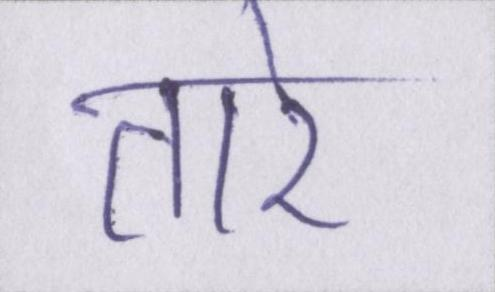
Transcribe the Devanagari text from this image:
तारे